Report of the Indian Hemp Drugs Commission, 1894-1895 - Volume V
Year: 1894
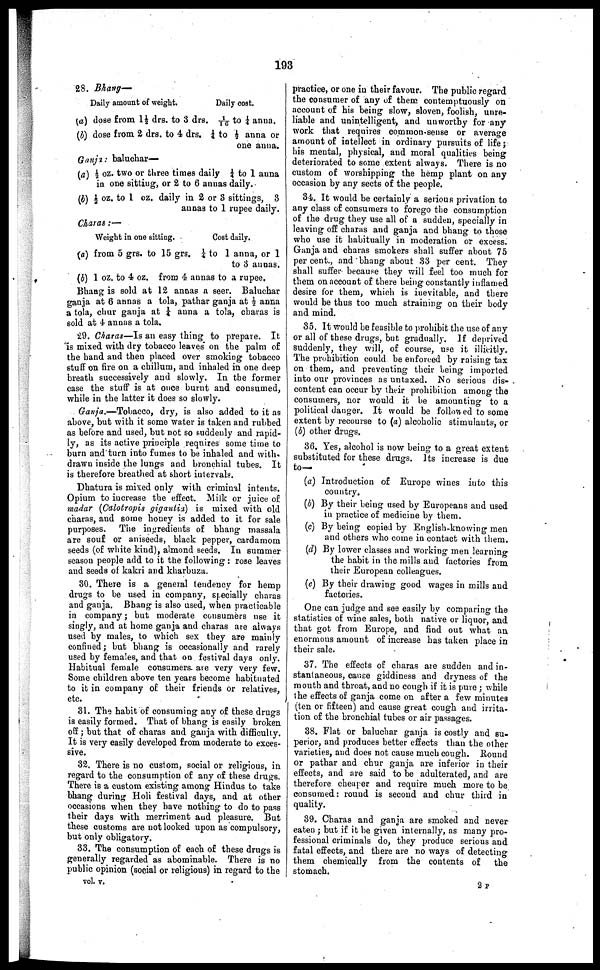
193
28. Bhang—
Daily amount of weight.
Daily cost.
(a) (lose from 1½ drs. to 3 drs. 1/ 16 to ¼ anna.
(J) dose from 2 drs. to 4 drs. ¼ to ½ anna or
one anna.
Ganja: baluchar—
(a) ½ oz. two or three times daily ¼ to 1 anna
in one sitting, or 2 to 6 annas daily.
(b) ½ oz. to 1 oz. daily in 2 or 8 sittings, 3
annas to 1 rupee daily.
Charas:—
Weight in one sitting.
Cost daily.
(a) from 5 grs. to 15 grs. ¼ to 1 anna, or 1
to 3 annas.
(b) 1 oz. to 4 oz. from 4 annas to a rupee.
Bhang is sold at 12 annas a seer. Baluchar
ganja at 6 annas a tola, pathar ganja at ½ anna
a tola, chur ganja at ¼ anna a tola, charas is
sold at 4 annas a tola.
29. Charas—Is an easy thing to prepare. It
is mixed with dry tobacco leaves on the palm of
the hand and then placed over smoking tobacco
stuff on fire on a chillum, and inhaled in one deep
breath successively and slowly. In the former
case the stuff is at once burnt and consumed,
while in the latter it does so slowly.
Ganja.—Tobacco, dry, is also added to it as
above, but with it some water is taken and rubbed
as before and used, but not so suddenly and rapid-
ly, as its active principle requires some time to
burn and turn into fumes to be inhaled and with
drawn inside the lungs and bronchial tubes. It
is therefore breathed at short intervals.
Dhatura is mixed only with criminal intents.
Opium to increase the effect. Milk or juice of
madar (Calotropis gigantia) is mixed with old
charas, and some honey is added to it for sale
purposes. The ingredients of bhang massala
are souf or aniseeds, black pepper, cardamom
seeds (of white kind), almond seeds. In summer
season people add to it the following: rose leaves
and seeds of kakri and kharbuza.
30. There is a general tendency for hemp
drugs to be used in company, specially charas
and ganja. Bhang is also used, when practicable
in company; but moderate consumers use it
singly, and at home ganja and charas are always
used by males, to which sex they are mainly
confined; but bhang is occasionally and rarely
used by females, and that on festival days only.
Habitual female consumers are very very few.
Some children above ten years become habituated
to it in company of their friends or relatives,
etc.
31. The habit of consuming any of these drugs
is easily formed. That of bhang is easily broken
off; but that of charas and ganja with difficulty.
It is very easily developed from moderate to exces-
sive.
32. There is no custom, social or religious, in
regard to the consumption of any of these drugs.
There is a custom existing among Hindus to take
bhang during Holi festival days, and at other
occasions when they have nothing to do to pass
their days with merriment and pleasure. But
these customs are not looked upon as compulsory,
but only obligatory.
33. The consumption of each of these drugs is
generally regarded as abominable. There is no
public opinion (social or religious) in regard to the
practice, or one in their favour. The public regard
the consumer of any of them contemptuously on
account of his being slow, sloven, foolish, unre-
liable and unintelligent, and unworthy for any
work that requires common-sense or average
amount of intellect in ordinary pursuits of life;
his mental, physical, and moral qualities being
deteriorated to some extent always. There is no
custom of worshipping the hemp plant on any
occasion by any sects of the people.
34. It would be certainly a serious privation to
any class of consumers to forego the consumption
of the drug they use all of a sudden, specially in
leaving off charas and ganja and bhang to those
who use it habitually in moderation or excess.
Ganja and charas smokers shall suffer about 75
per cent., and bhang about 33 per cent. They
shall suffer because they will feel too much for
them on account of there being constantly inflamed
desire for them, which is inevitable, and there
would be thus too much straining on their body
and mind.
35. It would be feasible to prohibit the use of any
or all of these drugs, but gradually. If deprived
suddenly, they will, of course, use it illicitly.
The prohibition could be enforced by raising tax
on them, and preventing their being imported
into our provinces as untaxed. No serious dis-
content can occur by their prohibition among the
consumers, nor would it be amounting to a
political danger. It would be followed to some
extent by recourse to (a) alcoholic stimulants, or
(b) other drugs.
36. Yes, alcohol is now being to a great extent
substituted for these drugs. Its increase is due
to—
(a) Introduction of Europe wines into this
country.
(b) By their being used by Europeans and used
in practice of medicine by them.
(c) By being copied by English-knowing men
and others who come in contact with them.
(d) By lower classes and working men learning
the habit in the mills and factories from
their European colleagues.
(e) By their drawing good wages in mills and
factories.
One can judge and see easily by comparing the
statistics of wine sales, both native or liquor, and
that got from Europe, and find out what an
enormous amount of increase has taken place in
their sale.
37. The effects of charas are sudden and in-
stantaneous, cause giddiness and dryness of the
mouth and throat, and no cough if it is pure ; while
the effects of ganja come on after a few minutes
(ten or fifteen) and cause great cough and irrita-
tion of the bronchial tubes or air passages.
38. Flat or baluchar ganja is costly and su-
perior, and produces better effects than the other
varieties, and does not cause much cough. Round
or pathar and chur ganja are inferior in their
effects, and are said to be adulterated, and are
therefore cheaper and require much more to be
consumed: round is second and chur third in
quality.
39. Charas and ganja are smoked and never
eaten ; but if it be given internally, as many pro-
fessional criminals do, they produce serious and
fatal effects, and there are no ways of detecting
them chemically from the contents of
the
stomach.
vol. v.
2 P